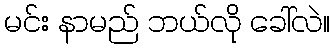
မင်း နာမည် ဘယ်လို ခေါ်လဲ။